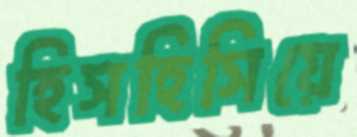
হিসহিসিয়ে